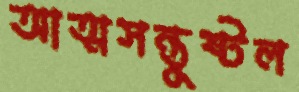
আত্মসন্তুষ্টল